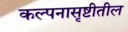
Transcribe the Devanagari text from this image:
कल्पनासृष्टीतील